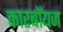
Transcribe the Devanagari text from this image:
कारबॉयज